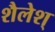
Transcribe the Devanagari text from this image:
शैलेश्